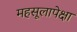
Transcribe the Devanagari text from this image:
महसूलापेक्षा